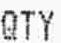
QTY